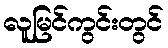
လူမြင်ကွင်းတွင်